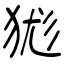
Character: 狵